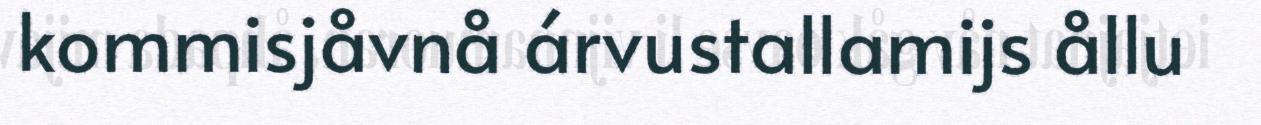
kommisjåvnå árvustallamijs ållu